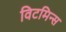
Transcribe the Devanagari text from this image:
विटमिन्स